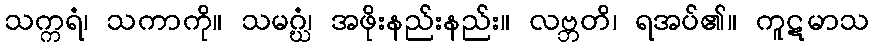
သက္ကရံ၊ သကာကို။ သမဂ္ဃံ၊ အဖိုးနည်းနည်း။ လဗ္ဘတိ၊ ရအပ်၏။ ကူဋမာသ